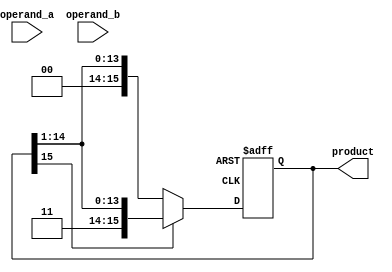
module booth_multiplier(
    input [7:0] operand_a,
    input [7:0] operand_b,
    output reg [15:0] product
);
    
    reg [7:0] a_reg;
    reg [15:0] p_reg;

    always @(*) begin
        a_reg = operand_a;
        p_reg = {8'b0, operand_b};
    end

    always @(posedge CLK or posedge RESET) begin
        if (RESET) begin
            product <= 16'b0;
        end else begin
            if (p_reg[0]) begin
                product <= product - a_reg;
            end else begin
                product <= product + a_reg;
            end
            
            if (product[15]) begin
                product <= {product[15], product[15:1]};
            end else begin
                product <= {16'b0, product[15:1]};
            end
            p_reg <= {product[15], p_reg[15:1]};
        end
    end
endmodule